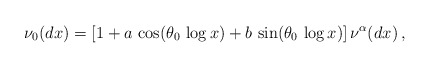
\begin{align*} \nu_0(dx)=[1+ a\,\cos(\theta_0\,\log x)+b\,\sin(\theta_0\,\log x)]\, \nu^\alpha(dx)\,, \end{align*}